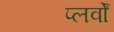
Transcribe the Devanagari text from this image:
प्लर्वों